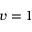
v = 1